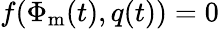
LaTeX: f(\mathrm{\Phi}_{\mathrm{m}}(t),q(t))=0